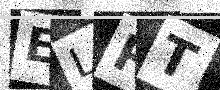
Text: ELPT